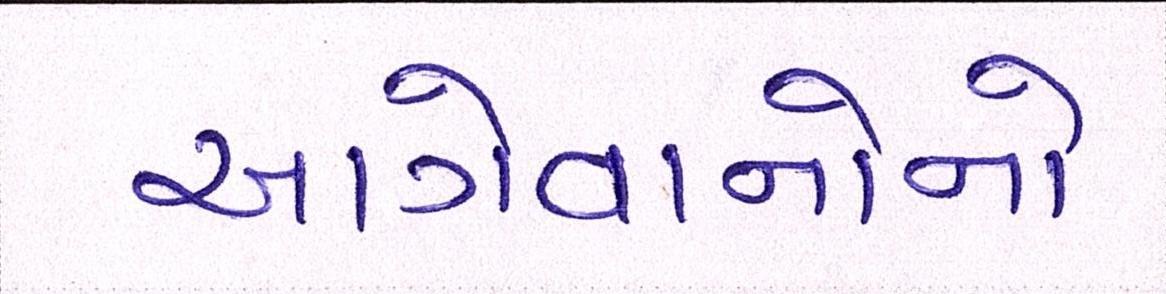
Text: આગેવાનોનો